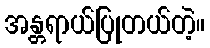
အန္တရာယ်ပြုတယ်တဲ့။